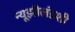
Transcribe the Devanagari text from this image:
न्यूझीलंडशी